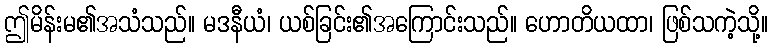
ဤမိန်းမ၏အသံသည်။ မဒနီယံ၊ ယစ်ခြင်း၏အကြောင်းသည်။ ဟောတိယထာ၊ ဖြစ်သကဲ့သို့။